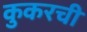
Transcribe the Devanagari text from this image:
कुकरची